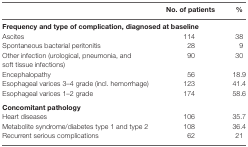
<table><thead><tr><td></td><td><b>No. of patients</b></td><td><b>%</b></td></tr></thead><tbody><tr><td colspan="3"><b>Frequency and type of complication, diagnosed at baseline</b></td></tr><tr><td>Ascites</td><td>114</td><td>38</td></tr><tr><td>Spontaneous bacterial peritonitis</td><td>28</td><td>9</td></tr><tr><td>Other infection (urological, pneumonia, and soft tissue infections)</td><td>90</td><td>30</td></tr><tr><td>Encephalopathy</td><td>56</td><td>18.9</td></tr><tr><td>Esophageal varices 3–4 grade (incl. hemorrhage)</td><td>123</td><td>41.4</td></tr><tr><td>Esophageal varices 1–2 grade</td><td>174</td><td>58.6</td></tr><tr><td colspan="3"><b>Concomitant pathology</b></td></tr><tr><td>Heart diseases</td><td>106</td><td>35.7</td></tr><tr><td>Metabolite syndrome/diabetes type 1 and type 2</td><td>108</td><td>36.4</td></tr><tr><td>Recurrent serious complications</td><td>62</td><td>21</td></tr></tbody></table>